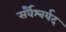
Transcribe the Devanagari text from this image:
सर्वैश्‍वर्यद